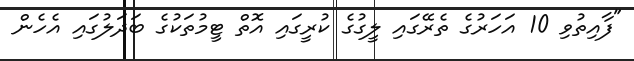
"ފާއިތުވި 10 އަހަރުގެ ތެރޭގައި ލީގުގެ ކުރީގައި އޮތް ޓީމުތަކުގެ ބަދަލުގައި އެހެން